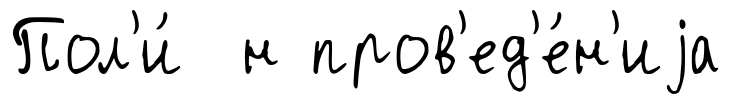
Пол'и́ н пров'ед'е́н'иjа